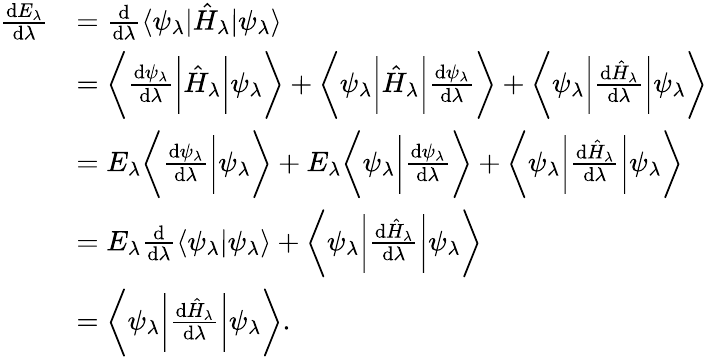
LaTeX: {\begin{array}{rl}{{\frac{\mathrm{d}E_{\lambda}}{\mathrm{d}\lambda}}}&{={\frac{\mathrm{d}}{\mathrm{d}\lambda}}\langle\psi_{\lambda}|{\hat{H}}_{\lambda}|\psi_{\lambda}\rangle}\\ &{={\bigg\langle}{\frac{\mathrm{d}\psi_{\lambda}}{\mathrm{d}\lambda}}{\bigg|}{\hat{H}}_{\lambda}{\bigg|}\psi_{\lambda}{\bigg\rangle}+{\bigg\langle}\psi_{\lambda}{\bigg|}{\hat{H}}_{\lambda}{\bigg|}{\frac{\mathrm{d}\psi_{\lambda}}{\mathrm{d}\lambda}}{\bigg\rangle}+{\bigg\langle}\psi_{\lambda}{\bigg|}{\frac{\mathrm{d}{\hat{H}}_{\lambda}}{\mathrm{d}\lambda}}{\bigg|}\psi_{\lambda}{\bigg\rangle}}\\ &{=E_{\lambda}{\bigg\langle}{\frac{\mathrm{d}\psi_{\lambda}}{\mathrm{d}\lambda}}{\bigg|}\psi_{\lambda}{\bigg\rangle}+E_{\lambda}{\bigg\langle}\psi_{\lambda}{\bigg|}{\frac{\mathrm{d}\psi_{\lambda}}{\mathrm{d}\lambda}}{\bigg\rangle}+{\bigg\langle}\psi_{\lambda}{\bigg|}{\frac{\mathrm{d}{\hat{H}}_{\lambda}}{\mathrm{d}\lambda}}{\bigg|}\psi_{\lambda}{\bigg\rangle}}\\ &{=E_{\lambda}{\frac{\mathrm{d}}{\mathrm{d}\lambda}}\langle\psi_{\lambda}|\psi_{\lambda}\rangle+{\bigg\langle}\psi_{\lambda}{\bigg|}{\frac{\mathrm{d}{\hat{H}}_{\lambda}}{\mathrm{d}\lambda}}{\bigg|}\psi_{\lambda}{\bigg\rangle}}\\ &{={\bigg\langle}\psi_{\lambda}{\bigg|}{\frac{\mathrm{d}{\hat{H}}_{\lambda}}{\mathrm{d}\lambda}}{\bigg|}\psi_{\lambda}{\bigg\rangle}.}\end{array}}